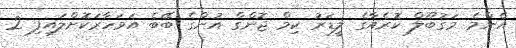
އެންމެ މަގުބޫލް ކޮރެއާގެ ލީޑަރު ކިމް ޖޮންގް އުންގެ ބޭބެ އަވަހާރަކޮށްލައިފި 2